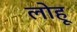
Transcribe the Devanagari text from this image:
लोहू